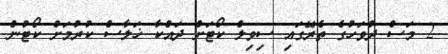
2 މަސް ދުވަހުގެ ތެރޭގައި ސިވިލް ކޯޓަށް ދައްކާ ޚަލާސް ކުރުމަށް ކޯޓުން